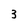
Character: 3